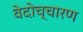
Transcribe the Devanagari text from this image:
वेदोच्चारण